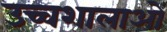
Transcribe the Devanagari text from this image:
उच्चशालाओं